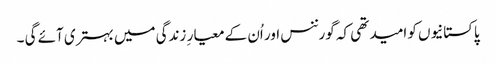
پاکستانیوں کو امید تھی کہ گورننس اور اُن کے معیار ِ زندگی میں بہتری آئے گی ۔